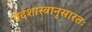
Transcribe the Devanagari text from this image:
वेदशास्त्रानुसारतः